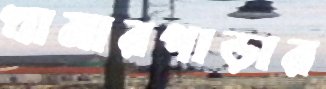
খামারপাড়ার